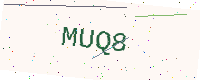
Text: MUQ8